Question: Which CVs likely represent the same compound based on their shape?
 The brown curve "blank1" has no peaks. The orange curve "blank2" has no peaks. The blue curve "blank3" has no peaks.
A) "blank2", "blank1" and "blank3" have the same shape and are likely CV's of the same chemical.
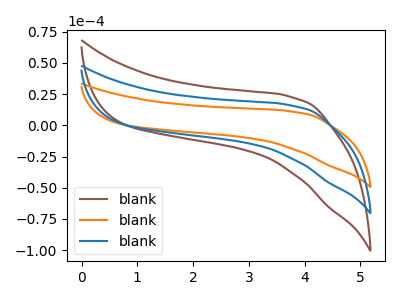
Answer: <think>Neither "blank1" or "blank2" have any peaks. Neither "blank1" or "blank3" have any peaks. Neither "blank2" or "blank3" have any peaks.
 </think>
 <answer>A) "blank2", "blank1" and "blank3" have the same shape and are likely CV's of the same chemical.</answer>
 <eval>A</eval>